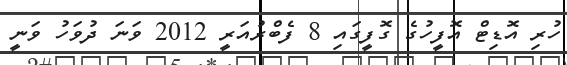
ހުރި އޮޑިޓް އޮފީހުގެ ގޮފީގައި 8 ފެބްރުއަރީ 2012 ވަނަ ދުވަހު ވަނީ